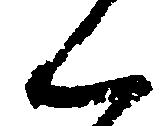
ん